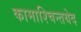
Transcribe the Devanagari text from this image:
कामाश्चिन्तयेद